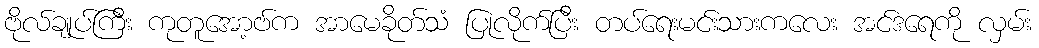
ဗိုလ်ချုပ်ကြီး ကုတူအော့ဗ်က အာမေခိုတ်သံ ပြုလိုက်ပြီး တပ်ရေးမင်းသားကလေး အင်ဒရေကို လှမ်း